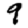
Digit: 9